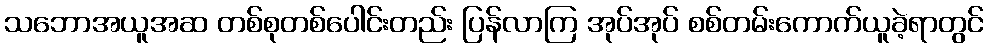
သဘောအယူအဆ တစ်စုတစ်ပေါင်းတည်း ပြန်လာကြ အုပ်အုပ် စစ်တမ်းကောက်ယူခဲ့ရာတွင်